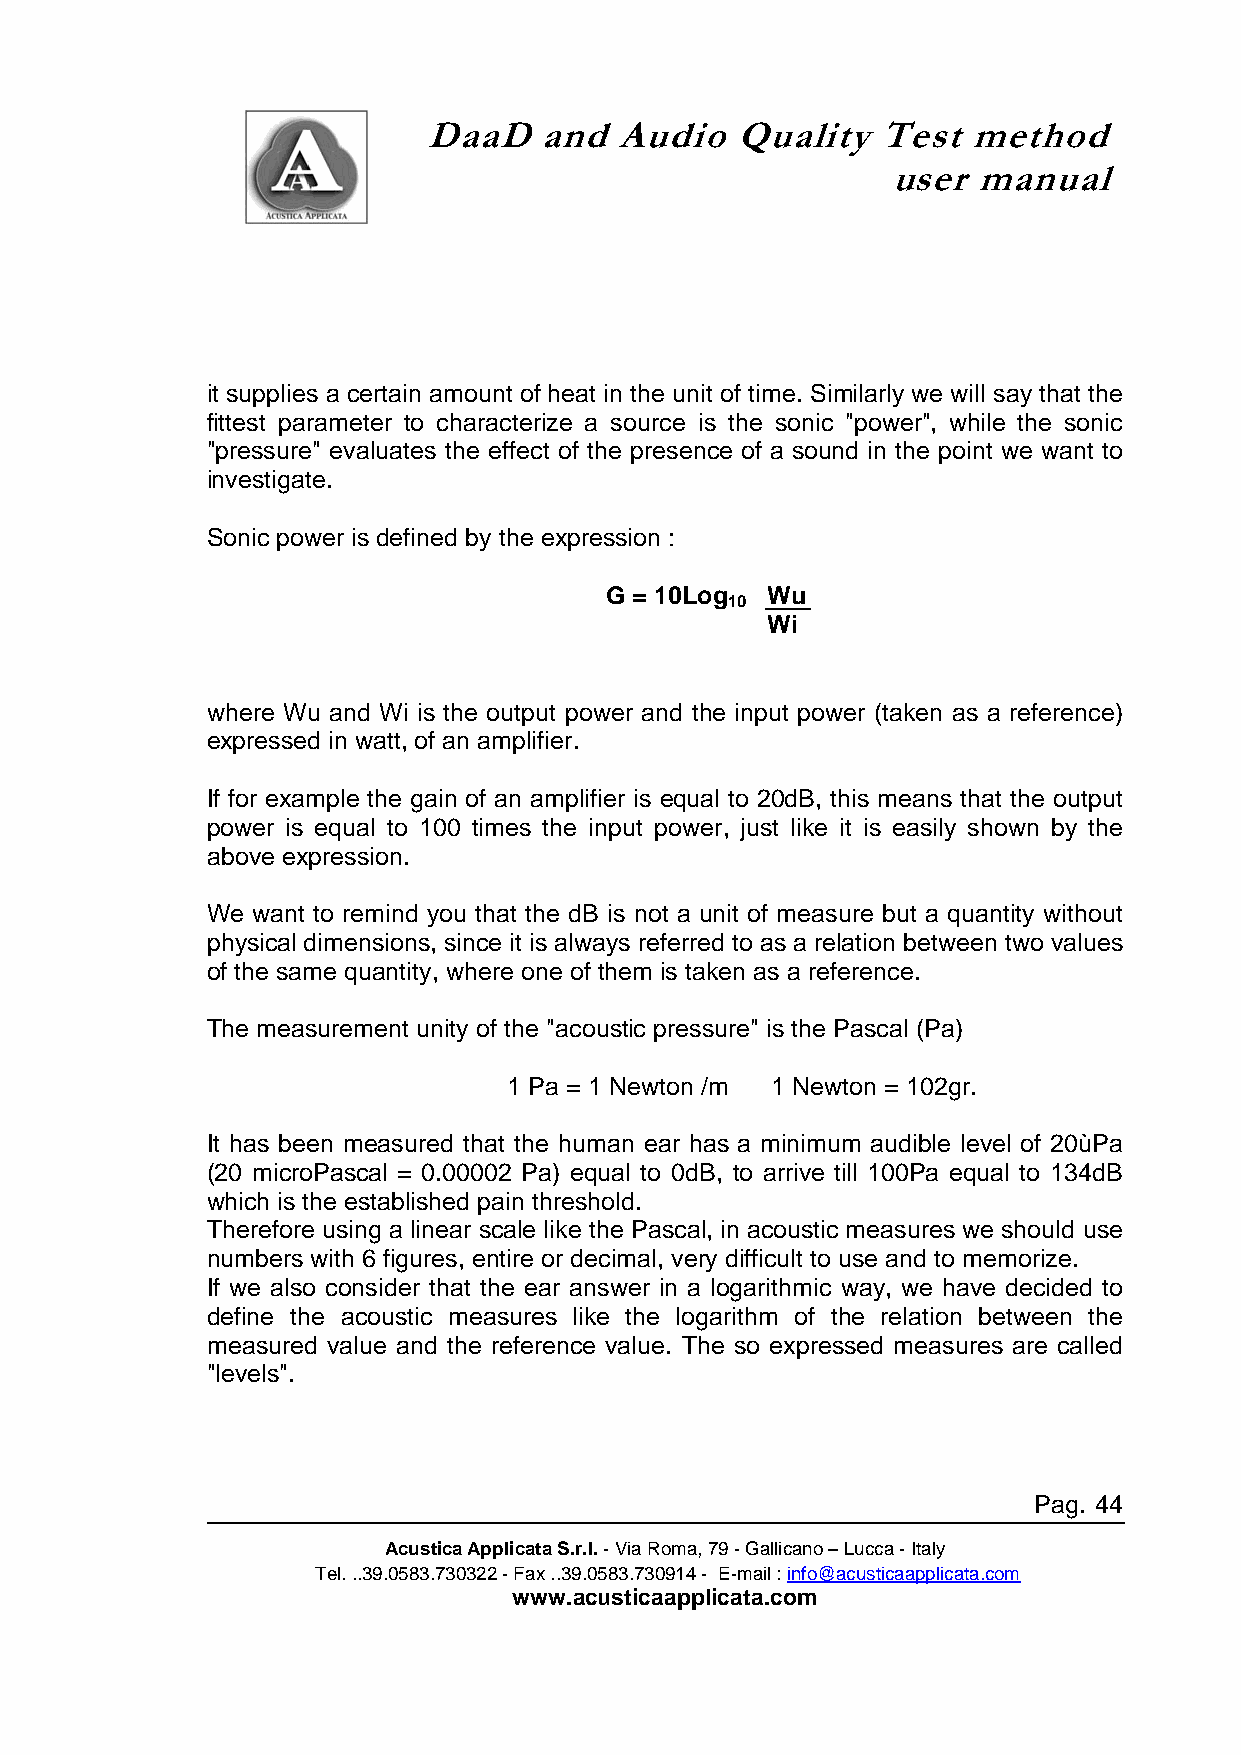
DaaD    and  Audio   Quality  Test  method
 user  manual
 it supplies a certain amount of heat in the unit of time. Similarly we will say that the
 fittest parameter to characterize a source is the sonic "power", while the sonic
 "pressure" evaluates the effect of the presence of a sound in the point we want to
 investigate.
 Sonic power is defined by the expression :
 G = 10Log  Wu
 10
 Wi
 where Wu and Wi is the output power and the input power (taken as a reference)
 expressed in watt, of an amplifier.
 If for example the gain of an amplifier is equal to 20dB, this means that the output
 power is equal to 100 times the input power, just like it is easily shown by the
 above expression.
 We want to remind you that the dB is not a unit of measure but a quantity without
 physical dimensions, since it is always referred to as a relation between two values
 of the same quantity, where one of them is taken as a reference.
 The measurement unity of the "acoustic pressure" is the Pascal (Pa)
 1 Pa = 1 Newton /m 1 Newton = 102gr.
 It has been measured that the human ear has a minimum audible level of 20ùPa
 (20 microPascal = 0.00002 Pa) equal to 0dB, to arrive till 100Pa equal to 134dB
 which is the established pain threshold.
 Therefore using a linear scale like the Pascal, in acoustic measures we should use
 numbers with 6 figures, entire or decimal, very difficult to use and to memorize.
 If we also consider that the ear answer in a logarithmic way, we have decided to
 define the acoustic measures like the logarithm of the relation between the
 measured value and the reference value. The so expressed measures are called
 "levels".
 Pag. 44
 Acustica Applicata S.r.l. - Via Roma, 79 - Gallicano – Lucca - Italy
 Tel. ..39.0583.730322 - Fax ..39.0583.730914 - E-mail : info@acusticaapplicata.com
 www.acusticaapplicata.com